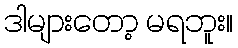
ဒါများတော့ မရဘူး။